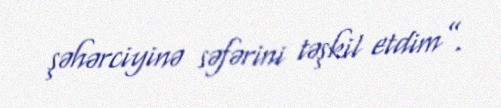
şəhərciyinə səfərini təşkil etdim”.